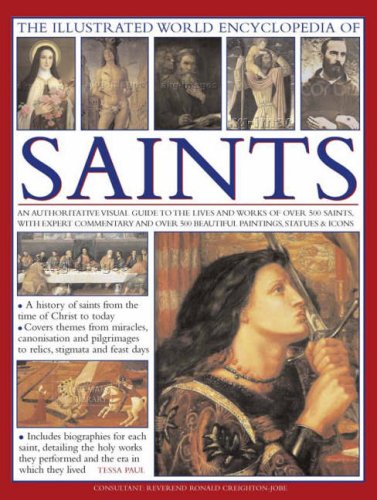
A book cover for The Illustrated World Encyclopedia of Saints; Tessa Paul; Biographies & Memoirs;